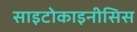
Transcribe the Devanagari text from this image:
साइटोकाइनीसिस